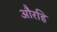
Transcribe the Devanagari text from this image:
औरहि